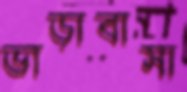
ভাড়াবাসা